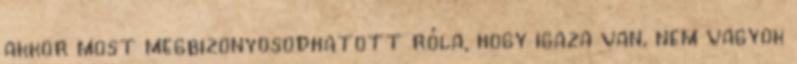
akkor most megbizonyosodhatott róla, hogy igaza van, nem vagyok